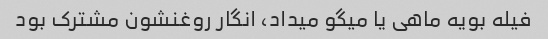
فیله بویه ماهی یا میگو میداد، انگار روغنشون مشترک بود